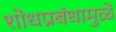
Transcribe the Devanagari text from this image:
शोधप्रबंधामुळे